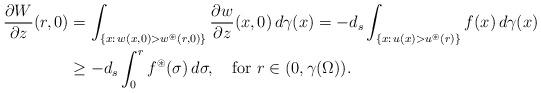
LaTeX: \begin{align*}\frac{\partial W}{\partial z}(r,0) & =\int_{\{x:\,w(x,0)>w^{\circledast}(r,0)\}}\frac{\partial w}{\partial z}(x,0)\, d\gamma(x)=-d_s\int_{\{x:\,u(x)>u^{\circledast}(r)\}}f(x)\, d\gamma(x)\\& \geq-d_s\int_{0}^{r}f^{\circledast}(\sigma)\,d\sigma,\quad\hbox{for}~r\in(0,\gamma(\Omega)).\end{align*}